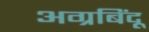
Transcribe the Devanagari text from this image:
अग्रबिंदू